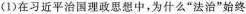
(1)在习近平治国理政思想中，为什么”法治”始终